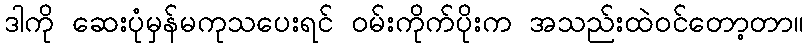
ဒါကို ဆေးပုံမှန်မကုသပေးရင် ဝမ်းကိုက်ပိုးက အသည်းထဲဝင်တော့တာ။